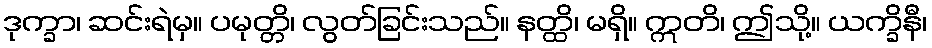
ဒုက္ခာ၊ ဆင်းရဲမှ။ ပမုတ္တိ၊ လွတ်ခြင်းသည်။ နတ္ထိ၊ မရှိ။ ဣတိ၊ ဤသို့။ ယက္ခိနီ၊